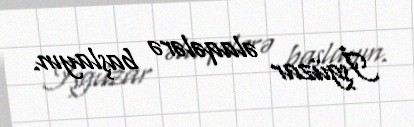
İşgüzar əlaqələrə başlayın.